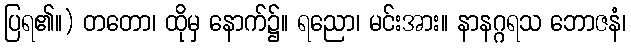
ပြရ၏။) တတော၊ ထိုမှ နောက်၌။ ရညော၊ မင်းအား။ နာနဂ္ဂရသ ဘောဇနံ၊